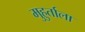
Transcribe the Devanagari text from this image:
मुहुर्ताला